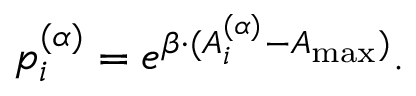
p _ { i } ^ { ( \alpha ) } = e ^ { \beta \cdot ( A _ { i } ^ { ( \alpha ) } - A _ { \operatorname* { m a x } } ) } .